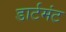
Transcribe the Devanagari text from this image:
डार्टमंट